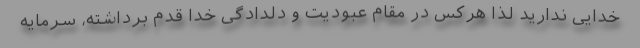
خدایی ندارید لذا هرکس در مقام عبودیت و دلدادگی خدا قدم برداشته، سرمایه